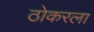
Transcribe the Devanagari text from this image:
ठोकरला